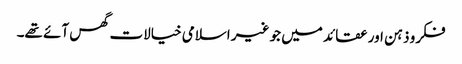
فکرو ذہن اور عقائد میں جو غیر اسلامی خیالات گھس آئے تھے۔